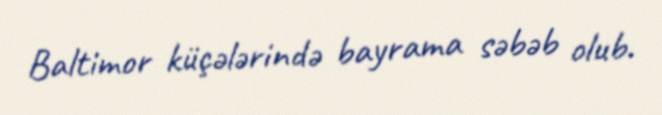
Baltimor küçələrində bayrama səbəb olub.